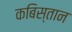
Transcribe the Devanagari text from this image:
कबिस्तान